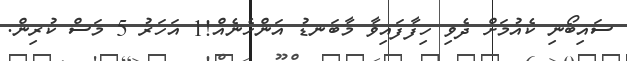
ސައިބޯނި ކެއުމަށް ދެވި ހިފާފައިވާ މާބަނޑު އަންހެނެއް!1 އަހަރު 5 މަސް ކުރިން.